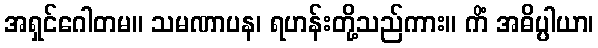
အရှင်ဂေါတမ။ သမဏာပန၊ ရဟန်းတို့သည်ကား။ ကိံ အဓိပ္ပါယာ၊